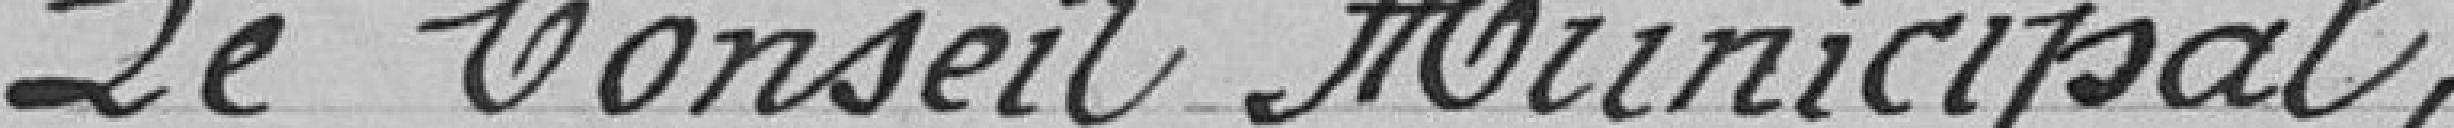
Le Conseil Municipal